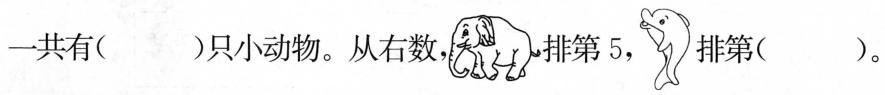
一共有()只小动物。从右数，排第5，排第()。